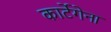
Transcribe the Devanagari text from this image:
कार्टेगेना